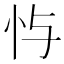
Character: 𫹮